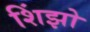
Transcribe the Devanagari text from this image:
शिंझो